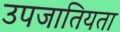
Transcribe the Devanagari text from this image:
उपजातियता